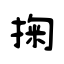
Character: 掬